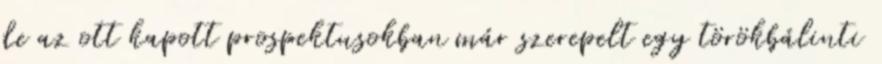
de az ott kapott prospektusokban már szerepelt egy törökbálinti